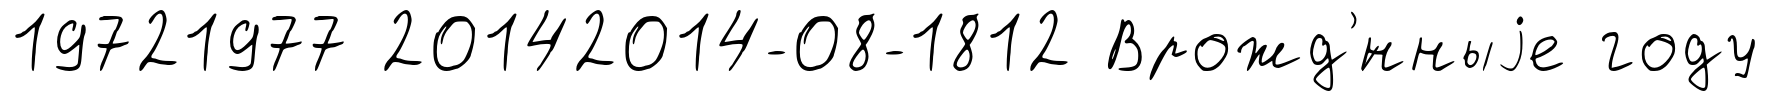
19721977 20142014-08-1812 Врожд'́нныjе году